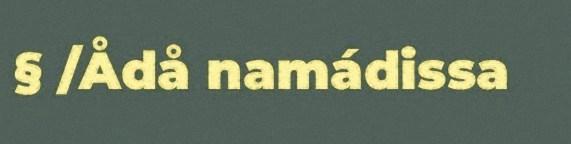
§ /Ådå namádissa